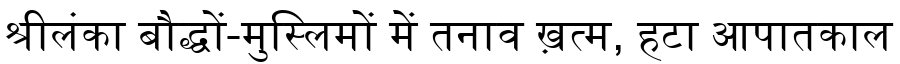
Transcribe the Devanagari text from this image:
श्रीलंका बौद्धों-मुस्लिमों में तनाव ख़त्म, हटा आपातकाल